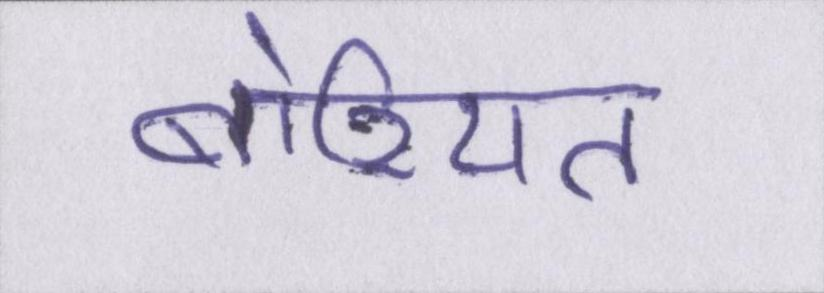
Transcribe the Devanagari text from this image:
बोरियत